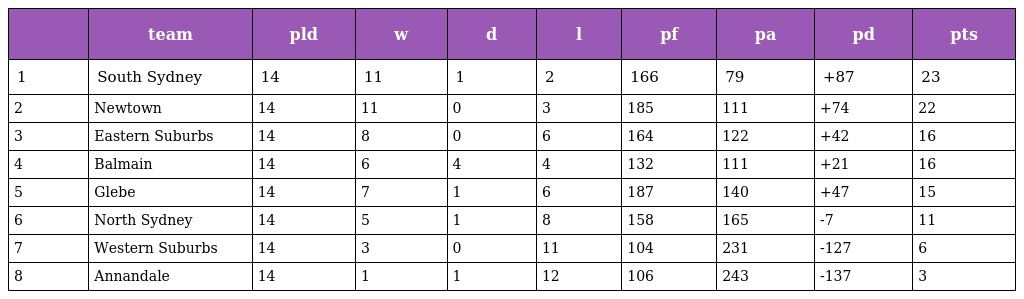
|  | team | pld | w | d | l | pf | pa | pd | pts |
 | --- | --- | --- | --- | --- | --- | --- | --- | --- | --- |
 | 1 | South Sydney | 14 | 11 | 1 | 2 | 166 | 79 | +87 | 23 |
 | 2 | Newtown | 14 | 11 | 0 | 3 | 185 | 111 | +74 | 22 |
 | 3 | Eastern Suburbs | 14 | 8 | 0 | 6 | 164 | 122 | +42 | 16 |
 | 4 | Balmain | 14 | 6 | 4 | 4 | 132 | 111 | +21 | 16 |
 | 5 | Glebe | 14 | 7 | 1 | 6 | 187 | 140 | +47 | 15 |
 | 6 | North Sydney | 14 | 5 | 1 | 8 | 158 | 165 | -7 | 11 |
 | 7 | Western Suburbs | 14 | 3 | 0 | 11 | 104 | 231 | -127 | 6 |
 | 8 | Annandale | 14 | 1 | 1 | 12 | 106 | 243 | -137 | 3 |